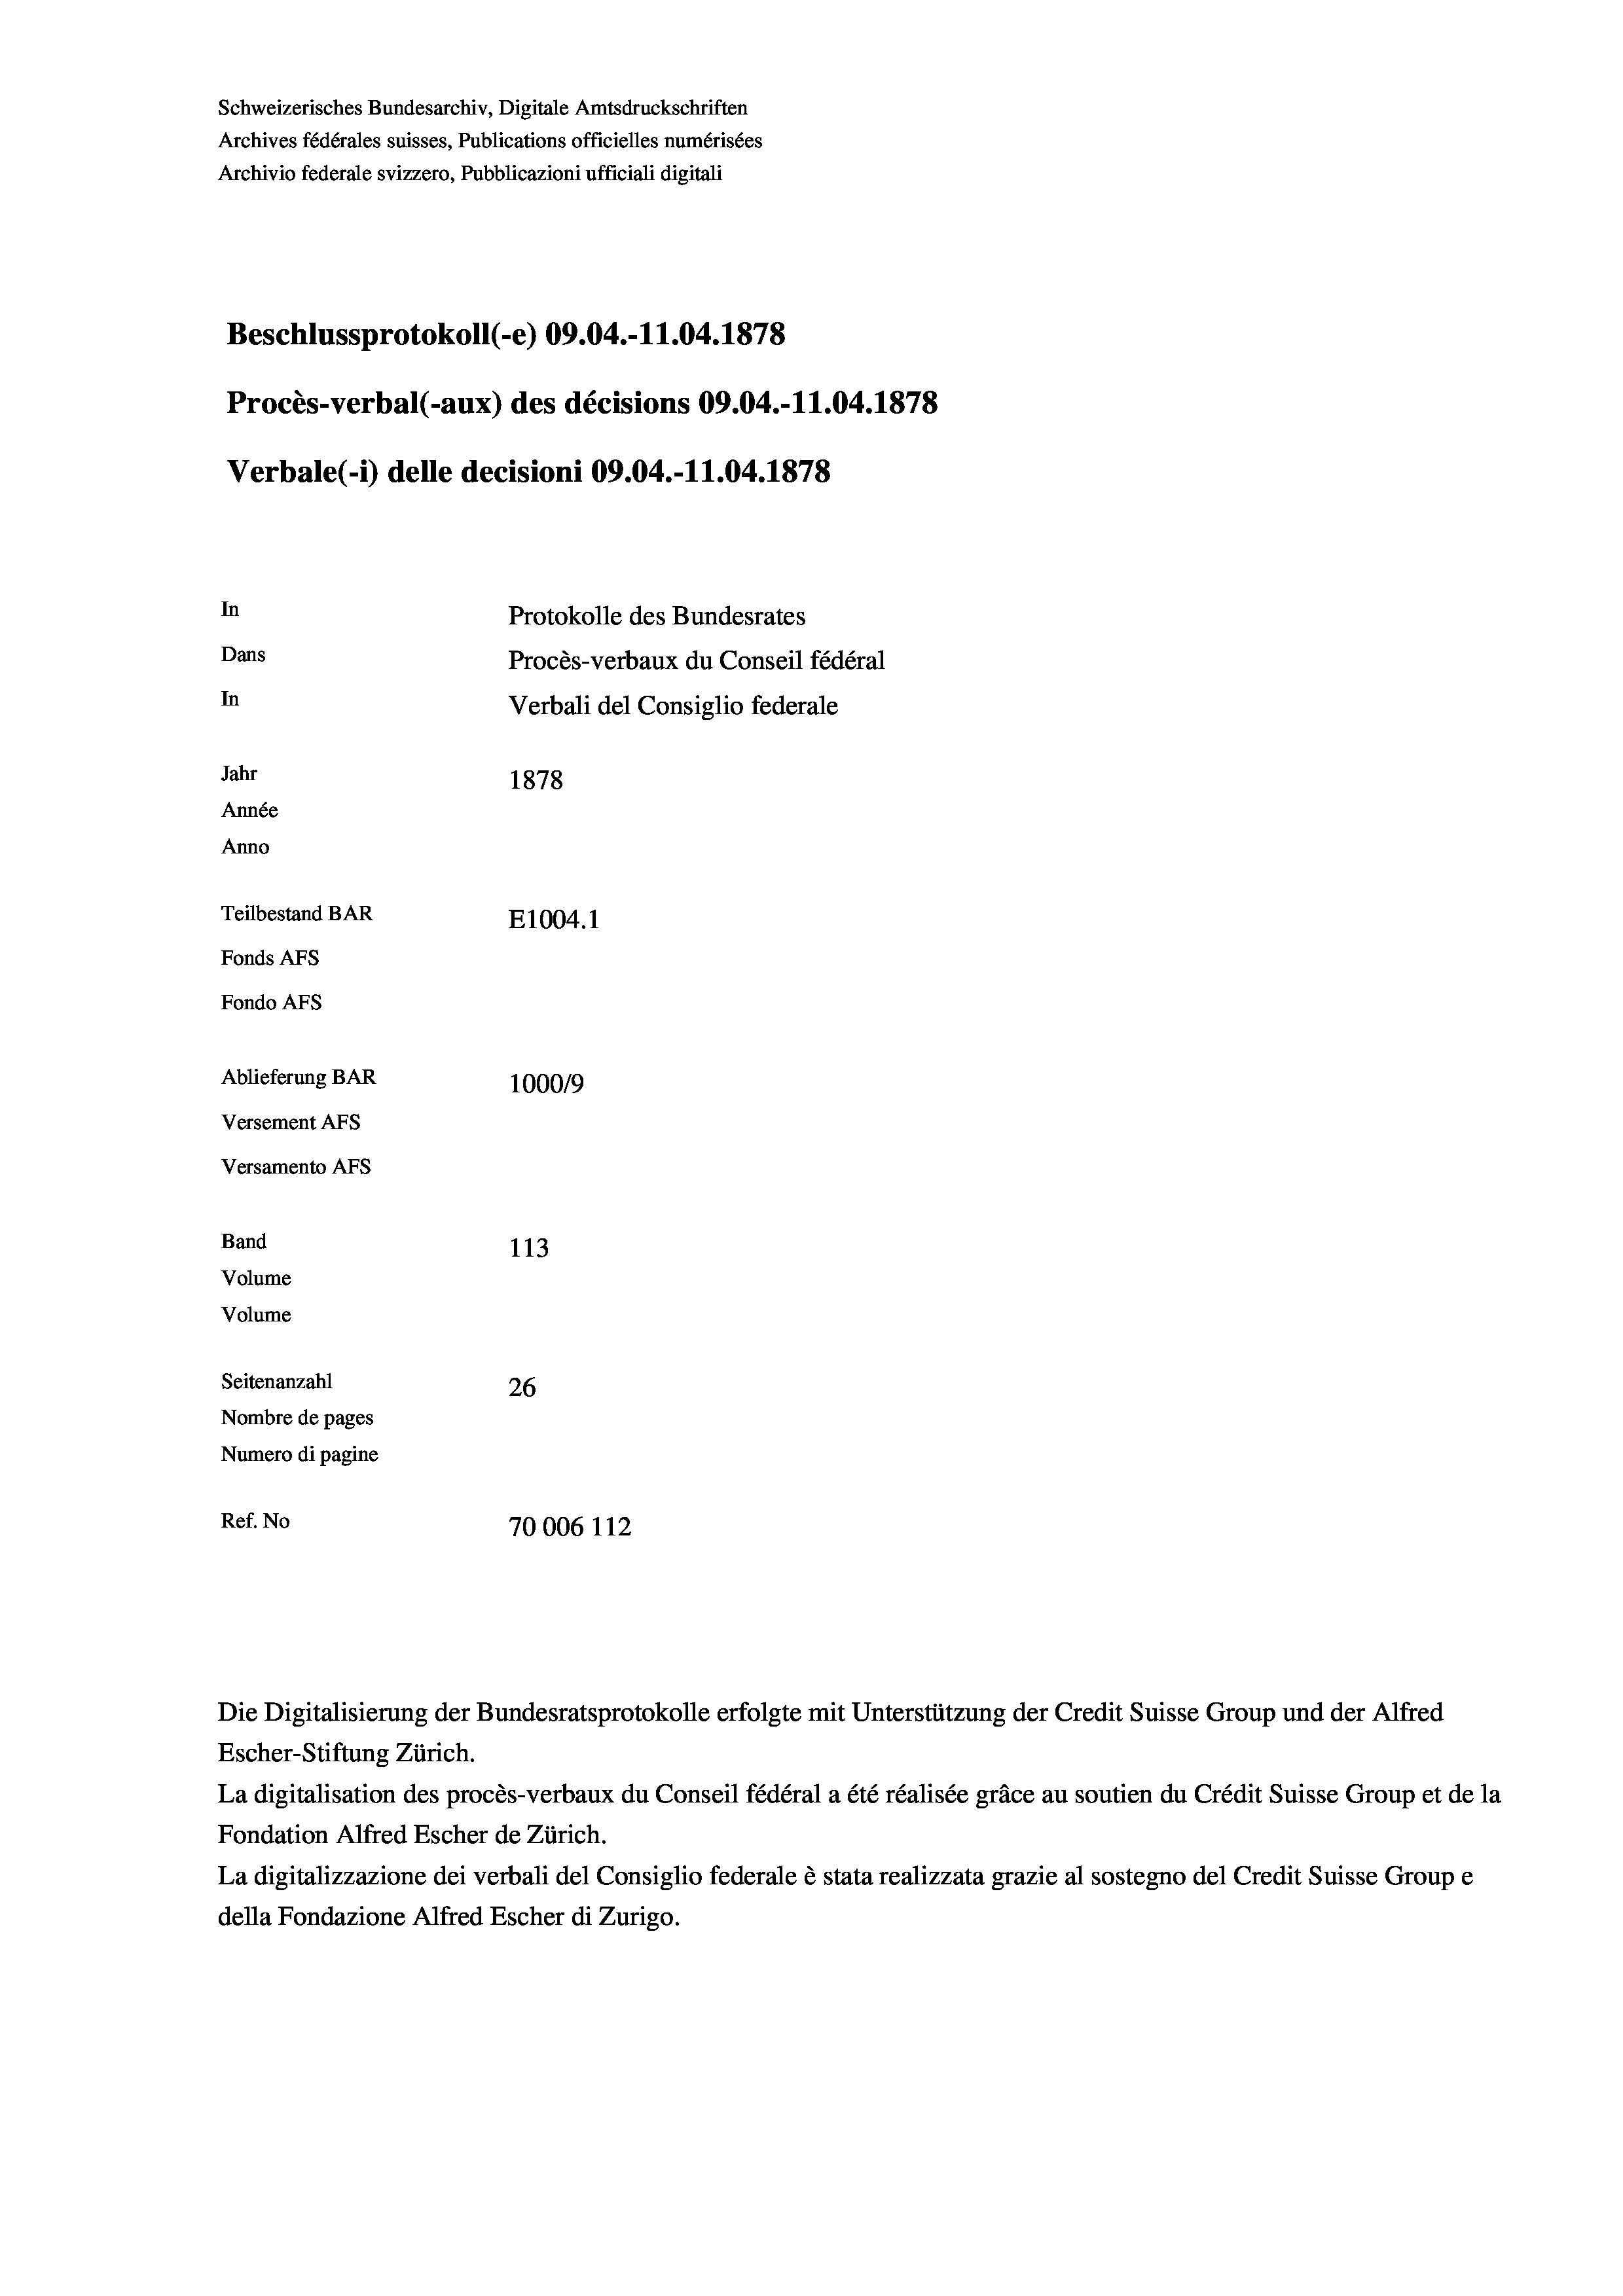
Schweizerisches Bundesarchiv, Digitale Amtsdruckschriften
Archives fédérales suisses, Publications officielles numérisées
Archivio federale svizzero, Pubblicazioni ufficiali digitali
Beschlussprotokoll (-e) 09.04.-11.04. 1878
Procès-verbal (-aux) des décisions 09.04.-11.04. 1878
Verbale (i) delle decisioni 09.04.-11.04. 1878
In
Protokolle des Bundesrates
Dans
Procès-verbaux du Conseil fédéral
In
Verbali del Consiglio federale
Jahr
1878
Année
Anno
Teilbestand BAR
E1004. 1
Fonds AFs
Fondo Afs
Ablieferung BAR
100019
Versement AFs
Versamento AFS
Band
113
Volume
Volume
Seitenanzahl
26
Nombre de pages
Numero di pagine
Ref. No
70006 112

Escher-Stiftung Zürich.
La digitalisation des procès-verbaux du Conseil fédéral a été réalisée gräce au soutien du Crédit Suisse Group et de la
Fondation Alfred Escher de Zürich.
La digitalizzazione dei verbali del Consiglio federale è stata realizzata grazie al sostegno del Credit Suisse Groupe
della Fondazione Alfred Escher di Zurigo.

Die Digitalisierung der Bundesratsprotokolle erfolgte mit Unterstützung der Credit Suisse Group und der Alfred